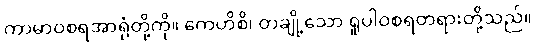
ကာမာဝစရအာရုံတို့ကို။ ကေဟိစိ၊ တချို့သော ရူပါဝစရတရားတို့သည်။